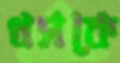
ধসকে